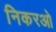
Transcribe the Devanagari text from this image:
निकरओ